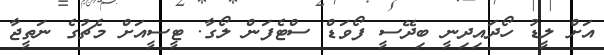
އަށް ލީޑު ހޯދައިދިނީ ބިދޭސީ ފޯވަޑް ސްޓެފަން ލޯގާ. ޓީސީއަށް މެޗުގެ ނަތީޖާ